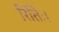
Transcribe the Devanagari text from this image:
रितिः।